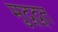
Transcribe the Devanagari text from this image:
मुद्द्त